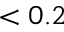
< 0 . 2